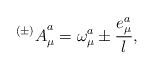
LaTeX: \begin{align*}{^{(\pm)} A}^a_\mu = \omega^a_\mu \pm {e^a_\mu\over l},\end{align*}